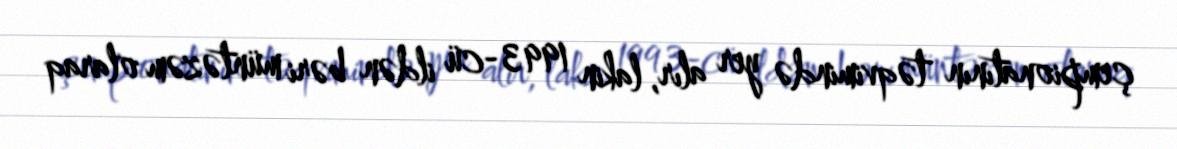
çempionatının təqvimində yer alır, lakin 1993-cü ildən bəri müntəzəm olaraq